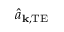
\hat { a } _ { \mathbf { k } , \mathrm { T E } }